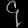
Digit: ၄